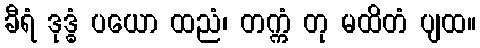
ခီရံ ဒုဒ္ဓံ ပယော ထညံ၊ တက္ကံ တု မထိတံ ပျထ။